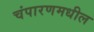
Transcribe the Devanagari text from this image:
चंपारणमधील